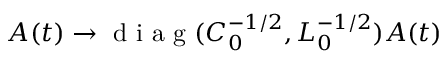
A ( t ) \rightarrow \mathrm { ~ d ~ i ~ a ~ g ~ } ( C _ { 0 } ^ { - 1 / 2 } , L _ { 0 } ^ { - 1 / 2 } ) A ( t )